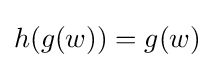
h(g(w))=g(w)